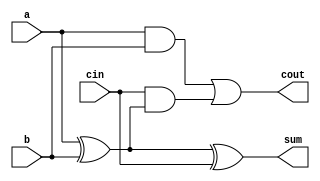
module full_adder (
    input wire a,        // First input bit
    input wire b,        // Second input bit
    input wire cin,      // Carry input
    output wire sum,     // Sum output
    output wire cout     // Carry output
);
    assign sum = a ^ b ^ cin;         // Sum is the XOR of inputs
    assign cout = (a & b) | (cin & (a ^ b)); // Carry is generated
endmodule